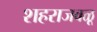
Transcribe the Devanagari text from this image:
शहराजवळू